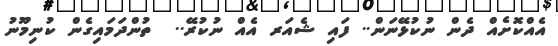
އެއްކޮށެއް ދެން ނުކުޅޭނަން.. ފައި ޝެއަރ އެއް ނުކުރޭ..  ތުންދަމައިގެން ކުނިމޫނު